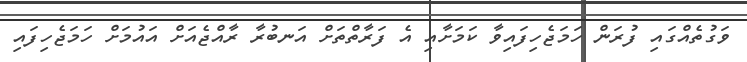
ވަގުތެއްގައި ފުރަން ހަމަޖެހިފައިވާ ކަމަށާއި އެ ފަރާތްތަށް އަނބުރާ ރާއްޖެއަށް އައުމަށް ހަމަޖެހިފައި